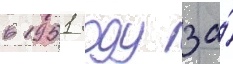
в 1951 году за́